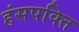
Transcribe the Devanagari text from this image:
हंसपक्ति